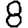
Digit: 8